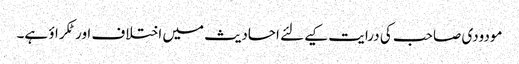
مودودی صاحب کی درایت کیےلئے احادیث میں اختلاف اور ٹکراؤ ہے۔